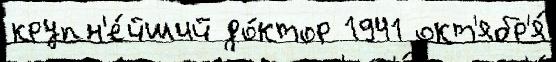
крупн'е́йший до́ктор 1941 окт'ябр'я́